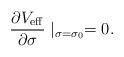
LaTeX: \begin{align*}{\partial V_{\rm eff} \over \partial \sigma} \mid_{\sigma=\sigma_0}=0. \end{align*}